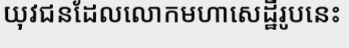
យុវជនដែលលោកមហាសេដ្ឋីរូបនេះ